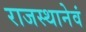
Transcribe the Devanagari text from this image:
राजस्थानेवं